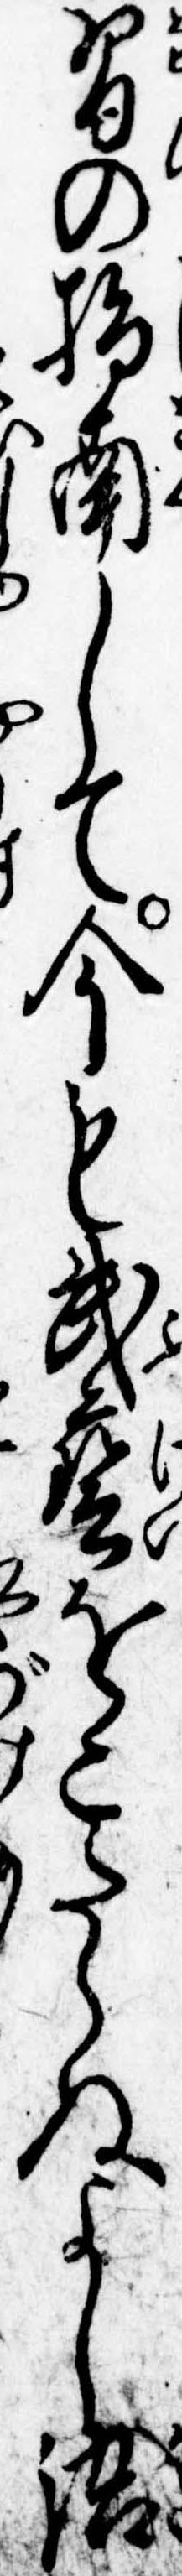
習の指南して今も武芸をこたらぬよし語